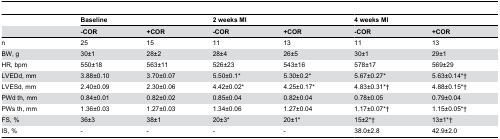
|  | <COLSPAN=2> Baseline | <COLSPAN=2> 2 weeks MI | <COLSPAN=2> 4 weeks MI |
 |  | -COR | +COR | -COR | +COR | -COR | +COR |
 | --- | --- | --- | --- | --- | --- | --- |
 | n | 25 | 15 | 11 | 13 | 11 | 13 |
 | BW, g | 30±1 | 28±2 | 28±4 | 26±5 | 30±1 | 29±1 |
 | HR, bpm | 550±18 | 563±11 | 526±23 | 543±16 | 578±17 | 569±29 |
 | LVEDd, mm | 3.88±0.10 | 3.70±0.07 | 5.50±0.1* | 5.30±0.2* | 5.67±0.27* | 5.63±0.14*† |
 | LVESd, mm | 2.40±0.09 | 2.30±0.06 | 4.42±0.02* | 4.25±0.17* | 4.83±0.31*† | 4.88±0.15*† |
 | PWd th, mm | 0.84±0.01 | 0.82±0.02 | 0.85±0.04 | 0.82±0.04 | 0.78±0.05 | 0.79±0.04 |
 | PWs th, mm | 1.36±0.03 | 1.27±0.03 | 1.34±0.06 | 1.27±0.04 | 1.17±0.07*† | 1.15±0.05*† |
 | FS, % | 36±3 | 38±1 | 20±3* | 20±1* | 15±2*† | 13±1*† |
 | IS, % | - | - | - | - | 38.0±2.8 | 42.9±2.0 |